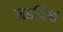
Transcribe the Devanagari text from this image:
जडविश्व